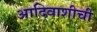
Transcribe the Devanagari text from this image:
आदिवाशीची